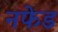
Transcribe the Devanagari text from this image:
नफेड